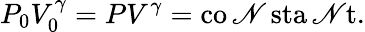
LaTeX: P_{0}V_{0}^{\gamma}=PV^{\gamma}=\operatorname{co\mathscr{N}sta\mathscr{N}t}.